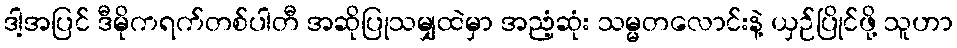
ဒါ့အပြင် ဒီမိုကရက်တစ်ပါတီ အဆိုပြုသမျှထဲမှာ အညံ့ဆုံး သမ္မတလောင်းနဲ့ ယှဉ်ပြိုင်ဖို့ သူဟာ